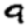
Digit: 9